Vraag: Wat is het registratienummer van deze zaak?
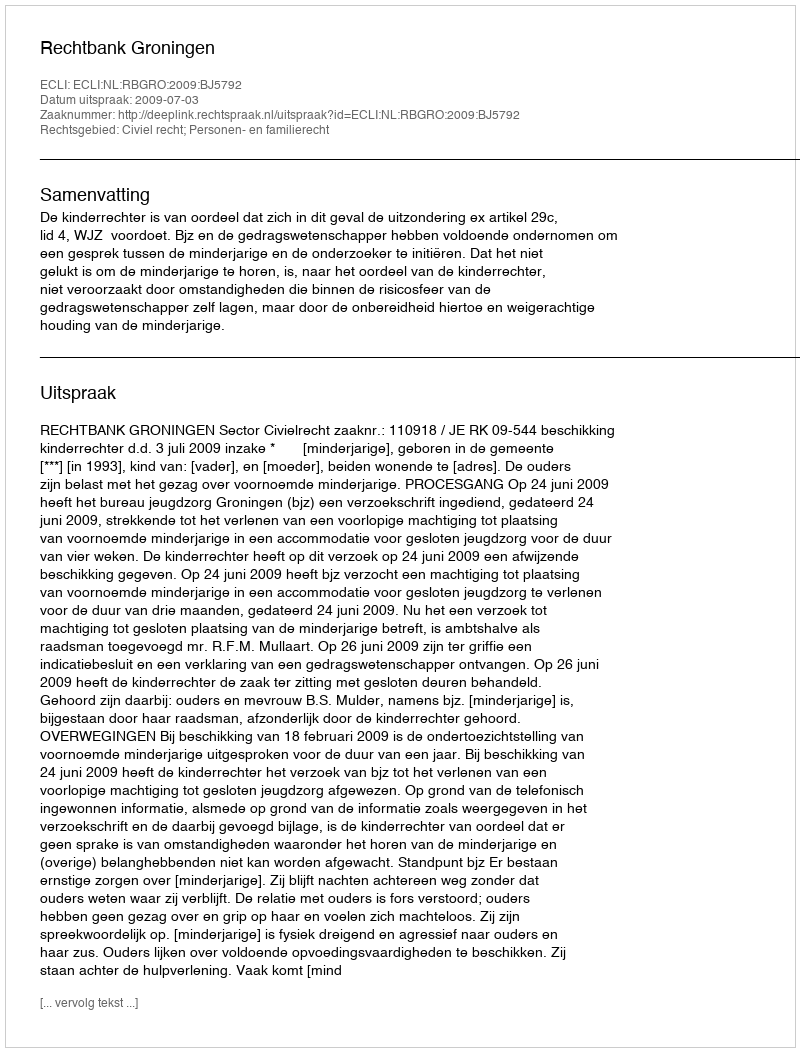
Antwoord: http://deeplink.rechtspraak.nl/uitspraak?id=ECLI:NL:RBGRO:2009:BJ5792